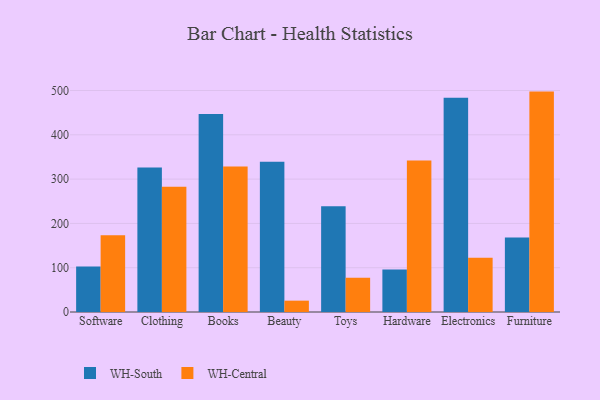
{"axis": {"x": "Category", "y": "Market Share (%)"}, "legend": ["WH-Central", "WH-South"], "data": [{"x": "Software", "y": 102.9, "type": "WH-South"}, {"x": "Software", "y": 173.5, "type": "WH-Central"}, {"x": "Clothing", "y": 326.2, "type": "WH-South"}, {"x": "Clothing", "y": 282.6, "type": "WH-Central"}, {"x": "Books", "y": 447.1, "type": "WH-South"}, {"x": "Books", "y": 328.4, "type": "WH-Central"}, {"x": "Beauty", "y": 339.1, "type": "WH-South"}, {"x": "Beauty", "y": 25.6, "type": "WH-Central"}, {"x": "Toys", "y": 238.7, "type": "WH-South"}, {"x": "Toys", "y": 77.3, "type": "WH-Central"}, {"x": "Hardware", "y": 96.1, "type": "WH-South"}, {"x": "Hardware", "y": 341.7, "type": "WH-Central"}, {"x": "Electronics", "y": 483.7, "type": "WH-South"}, {"x": "Electronics", "y": 122.5, "type": "WH-Central"}, {"x": "Furniture", "y": 168.4, "type": "WH-South"}, {"x": "Furniture", "y": 497.5, "type": "WH-Central"}]}